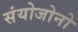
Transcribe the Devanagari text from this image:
संयोजोनो